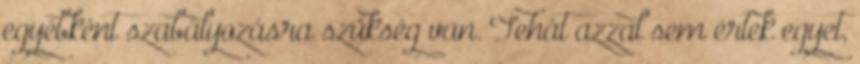
egyébként szabályozásra szükség van. Tehát azzal sem értek egyet,